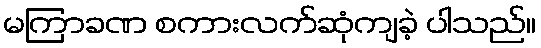
မကြာခဏ စကားလက်ဆုံကျခဲ့ ပါသည်။